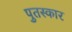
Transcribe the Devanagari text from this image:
पुतस्कार